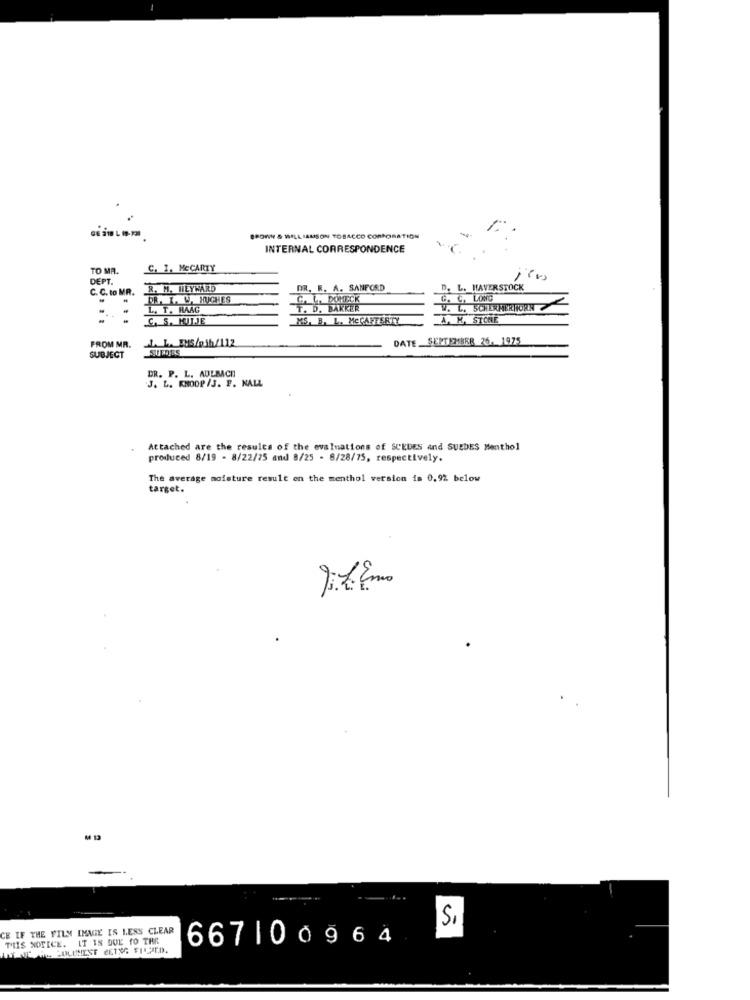
BROWN & WILLIAMSON TOBACCO CORPORATION
INTERNAL CORRESPONDENCE
TO MA.
C. 1. MCCARTY
DEPT
C. C. to MR.
R. M. HEYWARD
DR. R. A. SANFORD
D. L. HAVERSTOCK
DR. I. W. MIGHES
C. L. DOMECK
C. C. LONG
L. T. RAAG
T. D. BAKKER
W. L. SCHERMERWORN
C. S. KUIJE
MS, B. L. MeCANESRTY
A. K. STONE
DATE. SEPTEMBER 26. 1975
FROM MR.
SUMDES
L. L. RUS/pih/112
SUBJECT
DR. P. L. AULMACE
J. L. KNOOP /J. F. NALL
Attached are the results of the evaluations of SCEDES and SUEDES Menthol
produced 8/19 - 8/22/75 and 8/25 - 8/28/75, respectively.
The average moisture result on the menthol version is 0.9% below
target.
M 12
Si
CE IF THE FILM IMAGE IS LESS CLEAR
THIS NOTICE. IT IS DUE TO TAR
667100964
WENT SRL POLINEST CETOR SINTO.